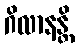
ဂိလာနန္တိ